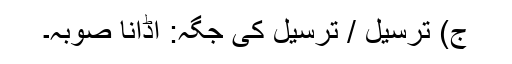
ج) ترسیل / ترسیل کی جگہ: اڈانا صوبہ۔